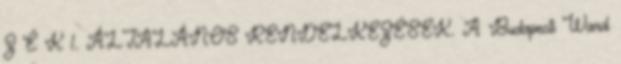
Z É K 1. ÁLTALÁNOS RENDELKEZÉSEK. A Budapesti Ward